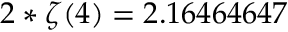
2 * \zeta ( 4 ) = 2 . 1 6 4 6 4 6 4 7